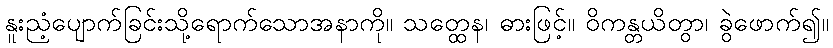
နူးညံ့ပျောက်ခြင်းသို့ရောက်သောအနာကို။ သတ္ထေန၊ ဓားဖြင့်။ ဝိကန္တယိတွာ၊ ခွဲဖောက်၍။